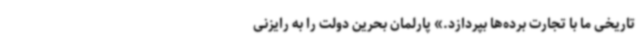
تاریخی ما با تجارت برده‌ها بپردازد.» پارلمان بحرین دولت را به رایزنی